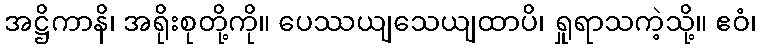
အဋ္ဌိကာနိ၊ အရိုးစုတို့ကို။ ပေဿယျသေယျထာပိ၊ ရှုရာသကဲ့သို့။ ဧဝံ၊